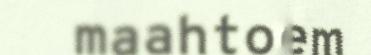
maahtoem